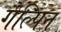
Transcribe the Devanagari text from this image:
गैल्पिन